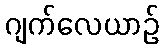
ဂျက်လေယာဉ်